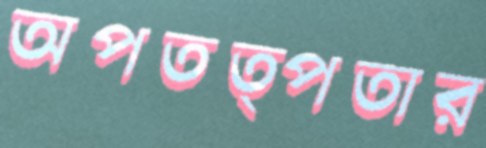
অপতত্পতার